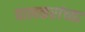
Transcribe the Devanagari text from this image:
पालकरांच्या